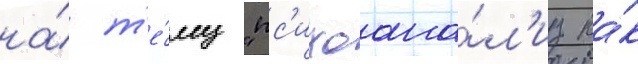
на́ т'е́му "пс'ихоана́л'из ка́к